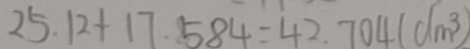
2 5 . 1 2 + 1 7 . 5 8 4 = 4 2 . 7 0 4 ( d m ^ { 3 } )